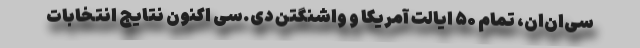
سی‌ان‌ان، تمام ۵۰ ایالت آمریکا و واشنگتن دی.سی اکنون نتایج انتخابات